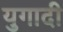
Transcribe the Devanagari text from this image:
युगादी